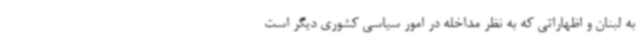
به لبنان و اظهاراتی که به نظر مداخله در امور سیاسی کشوری دیگر است